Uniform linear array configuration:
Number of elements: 48
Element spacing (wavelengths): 0.25
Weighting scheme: binomial
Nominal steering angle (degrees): -60
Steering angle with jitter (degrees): -59.177
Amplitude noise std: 0.05
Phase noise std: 0.05

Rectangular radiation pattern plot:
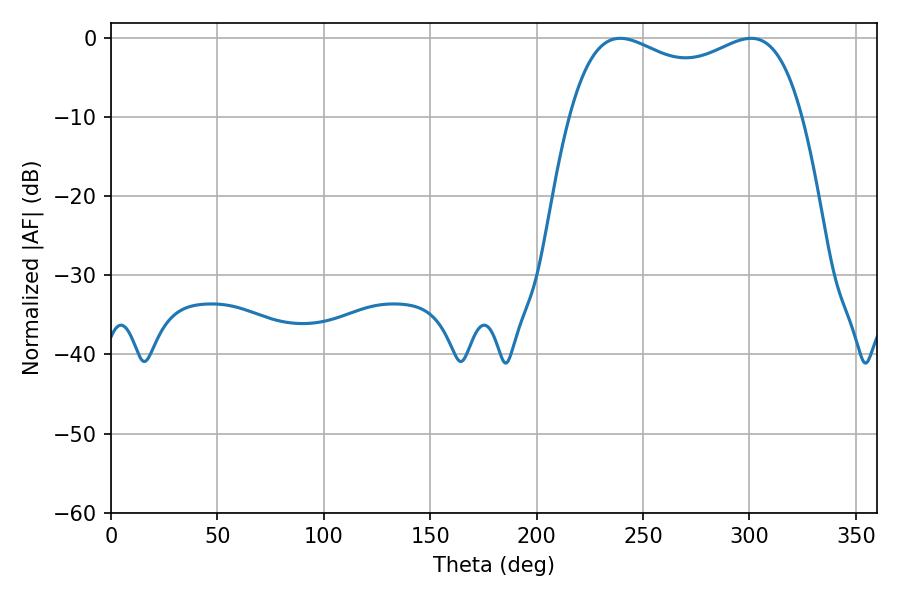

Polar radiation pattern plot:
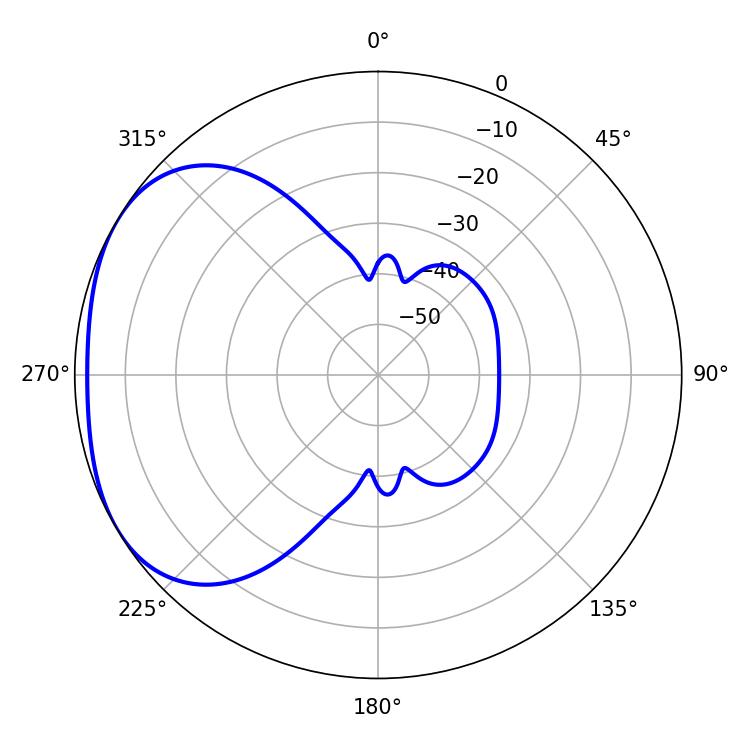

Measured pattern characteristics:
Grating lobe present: FALSE
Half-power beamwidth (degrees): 90.36
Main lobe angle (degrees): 239.22